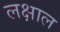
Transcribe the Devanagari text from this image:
लक्षाल